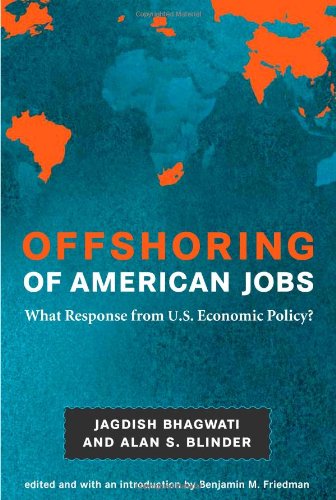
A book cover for Offshoring of American Jobs: What Response from U.S. Economic Policy? (Alvin Hansen Symposium on Public Policy at Harvard University); Jagdish N. Bhagwati; Business & Money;